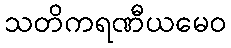
သတိကရဏီယမေဝ